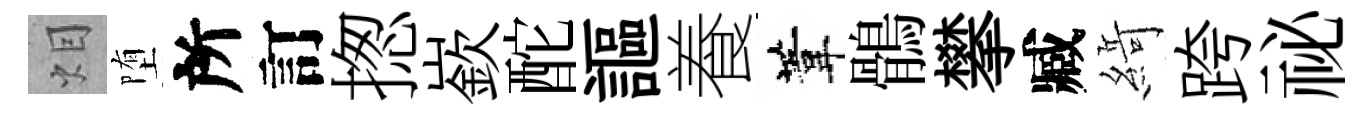
𤇆堕所訂揔嶔酡謳養葦鶻攀臧𦂶跨祕